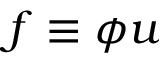
f \equiv \phi u